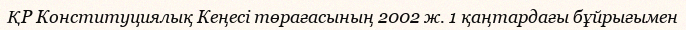
ҚР Конституциялық Кеңесі төрағасының 2002 ж. 1 қаңтардағы бұйрығымен